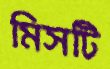
মিসটি